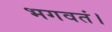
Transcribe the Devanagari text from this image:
भगवतं।